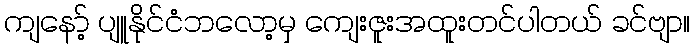
ကျနော့် ပျူနိုင်ငံဘလော့မှ ကျေးဇူးအထူးတင်ပါတယ် ခင်ဗျာ။